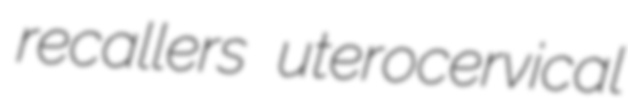
recallers uterocervical